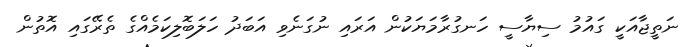
ނަތީޖާއަކީ ގައުމު ސިޔާސީ ހަނގުރާމަޔަކުން އަރައި ނުގަނެވި އަބަދު ހަލަބޮލިކަމެއްގެ ތެރޭގައި އޮތުން